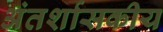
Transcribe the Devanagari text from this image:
अंतर्शासकीय